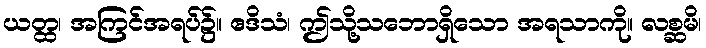
ယတ္ထ၊ အကြင်အရပ်၌။ ဧဒိသံ၊ ဤသို့သဘောရှိသော အရသာကို။ လစ္ဆမိ၊